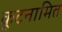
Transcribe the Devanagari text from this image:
कूटनामित